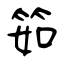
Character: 筎